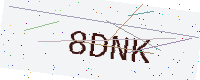
Text: 8DNK